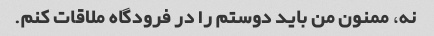
نه، ممنون من باید دوستم را در فرودگاه ملاقات کنم.